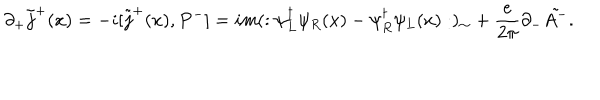
\partial _ { + } \tilde { j } ^ { + } ( x ) = - i [ \tilde { j } ^ { + } ( x ) , P ^ { - } ] = i m ( : \psi _ { L } ^ { \dagger } \psi _ { R } ( x ) - \psi _ { R } ^ { \dagger } \psi _ { L } ( x ) : ) _ { \sim } + { \frac { e } { 2 \pi } } \partial _ { - } \tilde { A ^ { - } } .